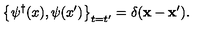
\left\{ \psi ^ { \dagger } ( x ) , \psi ( x ^ { \prime } ) \right\} _ { t = t ^ { \prime } } = \delta ( { \bf x } - { \bf x } ^ { \prime } ) .